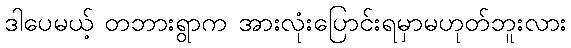
ဒါပေမယ့် တဘားရွာက အားလုံးပြောင်းရမှာမဟုတ်ဘူးလား